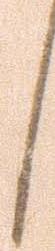
候